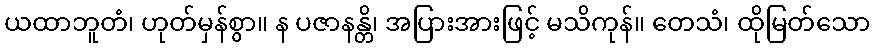
ယထာဘူတံ၊ ဟုတ်မှန်စွာ။ န ပဇာနန္တိ၊ အပြားအားဖြင့် မသိကုန်။ တေသံ၊ ထိုမြတ်သော